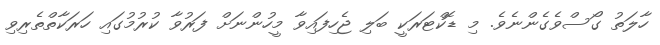
ހާލަތު ގޯސްވެގެންނެވެ. މި ޑޮކްޓަރަކީ ބަލި ޖެހިފައިވާ މީހުންނަށް ފަރުވާ ކުރުމުގައި ހަރަކާތްތެރިވި